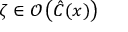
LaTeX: \zeta \in \mathcal { O } \left( \hat { C } ( x ) \right)